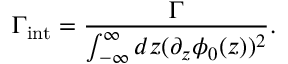
\Gamma _ { \mathrm { i n t } } = \frac { \Gamma } { \int _ { - \infty } ^ { \infty } d z ( \partial _ { z } \phi _ { 0 } ( z ) ) ^ { 2 } } .